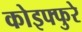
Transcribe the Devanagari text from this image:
कोइफ्फुरे